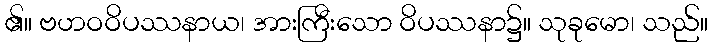
၏။ ဗဟဝဝိပဿနာယ၊ အားကြီးသော ဝိပဿနာ၌။ သုခုမော၊ သည်။